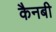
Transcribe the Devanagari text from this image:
कैनबी